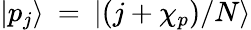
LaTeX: {|p_{j}\rangle}\: =\: {|(j+\chi_{p})/N\rangle}